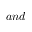
a n d